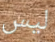
ليس